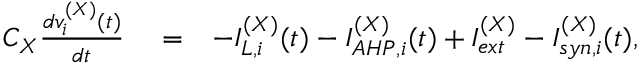
\begin{array} { r l r } { C _ { X } \frac { d v _ { i } ^ { ( X ) } ( t ) } { d t } } & { { } = } & { - I _ { L , i } ^ { ( X ) } ( t ) - I _ { A H P , i } ^ { ( X ) } ( t ) + I _ { e x t } ^ { ( X ) } - I _ { s y n , i } ^ { ( X ) } ( t ) , } \end{array}